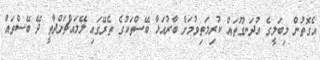
އެގޮތުން މިބަލީގެ އުދަނގޫތައް ކުރިމަތިވުމަށް ބާރުއަޅާ ބޭސްތަކުގެ ތެރޭގައި ލޭމައްޗަށްދާތީ ދޭ ބޭސްތައް